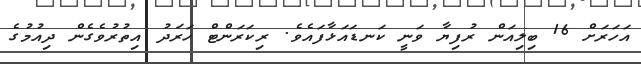
އަހަރަށް 16 ބިލިއަން ރުފިޔާ ވަނީ ކަނޑައަޅާފައެވެ. ރިކަރަންޓް ހަރަދު އިތުރުވެގެން ދިއުމުގެ